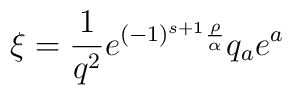
\xi={1 \over q^2} e^{(-1)^{s+1}{\rho \over \alpha}} q_a e^a